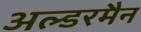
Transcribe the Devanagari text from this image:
अल्डरमैन